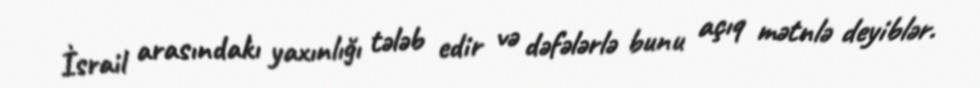
İsrail arasındakı yaxınlığı tələb edir və dəfələrlə bunu açıq mətnlə deyiblər.